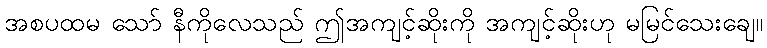
အစပထမ သော် နီကိုလေသည် ဤအကျင့်ဆိုးကို အကျင့်ဆိုးဟု မမြင်သေးချေ။